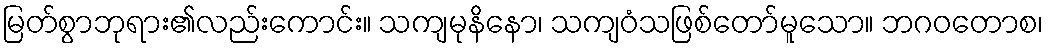
မြတ်စွာဘုရား၏လည်းကောင်း။ သကျမုနိနော၊ သကျဝံသဖြစ်တော်မူသော။ ဘဂဝတောစ၊